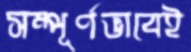
সম্পূর্ণভাবেই